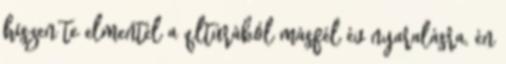
hiszen te elmentél a qltúrából másfél év nyaralásra, én